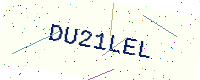
Text: DU21LEL